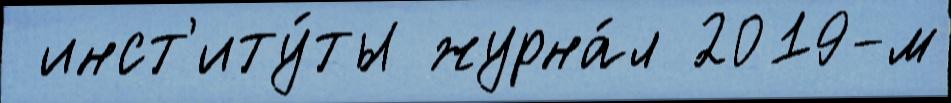
 инст'иту́ты журна́л 2019-м